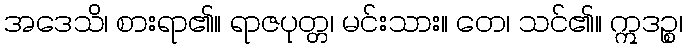
အဒေသိ၊ စားရာ၏။ ရာဇပုတ္တ၊ မင်းသား။ တေ၊ သင်၏။ ဣဒဉ္စ၊